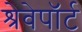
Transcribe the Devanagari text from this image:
श्रेवेपाॅर्ट